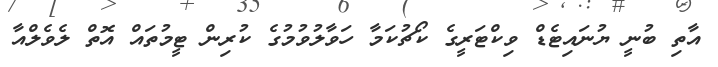
އާތި ބުނީ ޔުނައިޓެޑް ވިކްޓަރީގެ ކޯޗުކަމާ ހަވާލުވުމުގެ ކުރިން ޓީމުތައް އޮތް ލެވެލްއާ